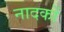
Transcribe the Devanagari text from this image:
नादकों